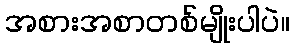
အစားအစာတစ်မျိုးပါပဲ။